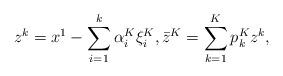
LaTeX: \begin{align*}z^k=x^1-\sum_{i=1}^{k}\alpha^K_i\xi^K_i,\bar z^K=\sum_{k=1}^Kp^K_kz^k,\end{align*}